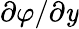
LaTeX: \partial\varphi/\partial\mathit{y}